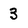
Character: 3